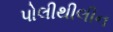
પોલીથીલીન